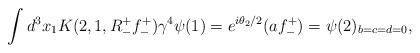
LaTeX: \begin{align*} \int d^{3} x_{1} K(2,1,R_{-}^{+} f_{-}^{+}) \gamma^{4} \psi(1) = e^{i \theta_{2} / 2} (a f_{-}^{+}) = \psi(2)_{b=c=d=0} ,\end{align*}